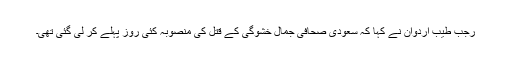
رجب طیب اردوان نے کہا کہ سعودی صحافی جمال خشوگی کے قتل کی منصوبہ کئی روز پہلے کر لی گئی تھی۔